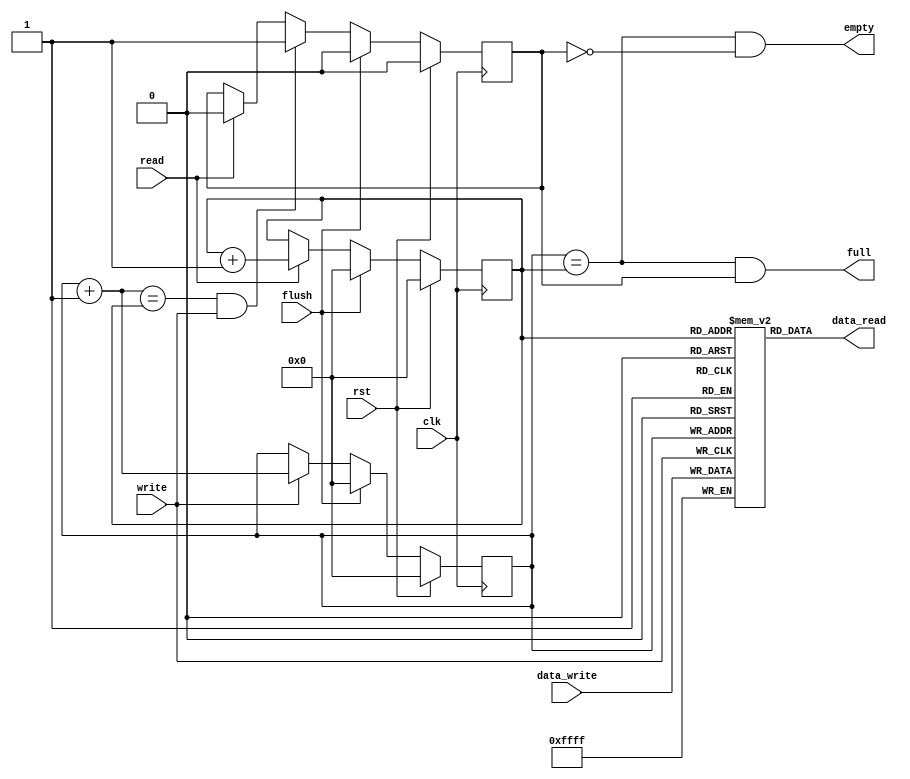
module adxl362_fifo (/*AUTOARG*/
   // Outputs
   data_read, full, empty,
   // Inputs
   data_write, clk, rst, flush, read, write
   ) ;
   parameter WIDTH = 16;
   parameter DEPTH = 512;
   parameter INDEX_WIDTH = $clog2(DEPTH);

   output wire [WIDTH-1:0] data_read;
   output wire             full;
   output wire             empty;
   
   input wire [WIDTH-1:0]  data_write;
   input wire              clk;
   input wire              rst;
   input wire              flush;
   input wire              read;
   input wire              write;   
   
   

   //
   // This is the memory that holds the data
   //
   reg [WIDTH-1:0]         fifo [0:DEPTH-1];

   //
   // Pointer of where to read from the fifo memory
   //
   reg [INDEX_WIDTH-1:0]   read_ptr;
   wire [INDEX_WIDTH-1:0]  read_ptr1;

   //
   // Pointer to where to write to the fifo memory
   //    
   reg [INDEX_WIDTH-1:0]   write_ptr;
   wire [INDEX_WIDTH-1:0]  write_ptr1;

   //
   // Guarding bit for the empty/full wrap around situation
   //
   reg                     guard;

   //
   // On reset or flush, put the write pointer back to 0
   // On a write register the pointer's next address
   //
   always @(posedge clk)
     if (rst) begin
        write_ptr <= 0;        
     end else if (flush) begin
        write_ptr <= 0;        
     end else if (write) begin
        write_ptr <= write_ptr1;        
     end

   //
   // On a write this becomes the new write ptr
   //
   assign write_ptr1 = write_ptr + 1;

   //
   // Store data in the FIFO
   //
   always @(posedge write)
     if (write) begin
        fifo[write_ptr] <= data_write;        
     end
   
   //
   // On reset or flush, put the write pointer back to 0
   // On a read register the pointer's next address
   //
   always @(posedge clk)
     if (rst) begin
        read_ptr <= 0;        
     end else if (flush) begin
        read_ptr <= 0;        
     end else if (read) begin
        read_ptr <= read_ptr1;        
     end

   //
   // Pointer to the next read location
   //
   assign read_ptr1 = read_ptr + 1;

   //
   // Always present the latest data to be read by the next block
   //
   assign data_read = fifo[read_ptr];

   //
   // Guard Bit Logic
   //
   always @(posedge clk)
     if (rst) begin
        guard <= 0;        
     end else if (flush) begin
        guard <= 0;        
     end else if ((write_ptr1 == read_ptr) && write) begin
        guard <= 1;        
     end else if (read) begin
        guard <= 0;        
     end

   //
   // Read the last element and we are now empty
   //
   assign empty = (write_ptr == read_ptr) & !guard;

   //
   // Wrote the last available location, now full
   //
   assign full = (write_ptr == read_ptr) & guard;
   
endmodule